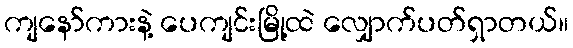
ကျနော်ကားနဲ့ ပေကျင်းမြို့ထဲ လျှောက်ပတ်ရှာတယ်။